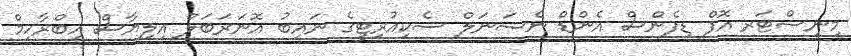
މިނިސްޓަރ އޮފް ޑިފެންސް އެންޑް ނެޝަނަލް ސެކިއުރިޓީގެ ނައިބު އޮނަރަބަލް އިލިޔާސް އިބްރާހިމް